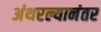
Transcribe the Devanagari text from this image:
अंथरल्यानंतर